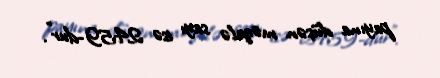
payına düşən məqalə sayı isə 2459-dur”.